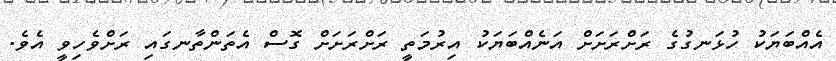
އެއްބަޔަކު ހުޅަނގުގެ ރަށްރަށަށް އަނެއްބަޔަކު އިރުމަތީ ރަށްރަށަށް ގޮސް އެތަންތާނގައި ރަށްވެހިވީ އެވެ.